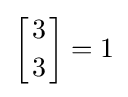
\left[{3 \atop 3}\right]=1